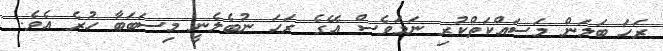
ރަހަ ބަލަން މަސައްކަތްކުރި ނަމަވެސް އޭގެ ރަހަ ނުބެލެނީ މިސަބަބާ ހުރެ އެވެ.